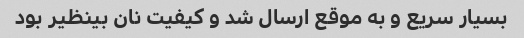
بسیار سریع و به موقع ارسال شد و کیفیت نان بینظیر بود